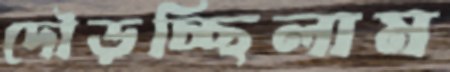
দৌড়চ্ছিলাম